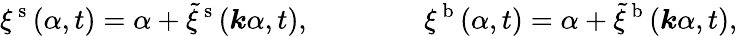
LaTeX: \xi^{\mathrm{~s~}}(\alpha,t)=\alpha+\tilde{\xi}^{\mathrm{~s~}}(\boldsymbol k\alpha,t),\qquad\qquad\xi^{\mathrm{~b~}}(\alpha,t)=\alpha+\tilde{\xi}^{\mathrm{~b~}}(\boldsymbol k\alpha,t),